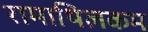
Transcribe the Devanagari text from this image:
रामाथिलकम